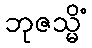
ဘုဇသ္မိံ